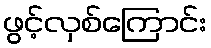
ဖွင့်လှစ်ကြောင်း